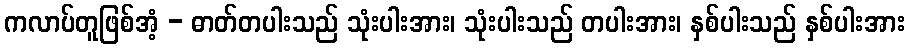
ကလာပ်တူဖြစ်အံ့ - ဓာတ်တပါးသည် သုံးပါးအား၊ သုံးပါးသည် တပါးအား၊ နှစ်ပါးသည် နှစ်ပါးအား